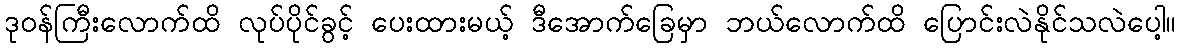
ဒုဝန်ကြီးလောက်ထိ လုပ်ပိုင်ခွင့် ပေးထားမယ့် ဒီအောက်ခြေမှာ ဘယ်လောက်ထိ ပြောင်းလဲနိုင်သလဲပေါ့။